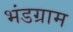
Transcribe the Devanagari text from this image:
भंडग्राम